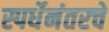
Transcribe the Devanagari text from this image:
स्पर्धेनंतरचे